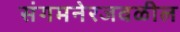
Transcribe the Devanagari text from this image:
संगमनेरजवळील